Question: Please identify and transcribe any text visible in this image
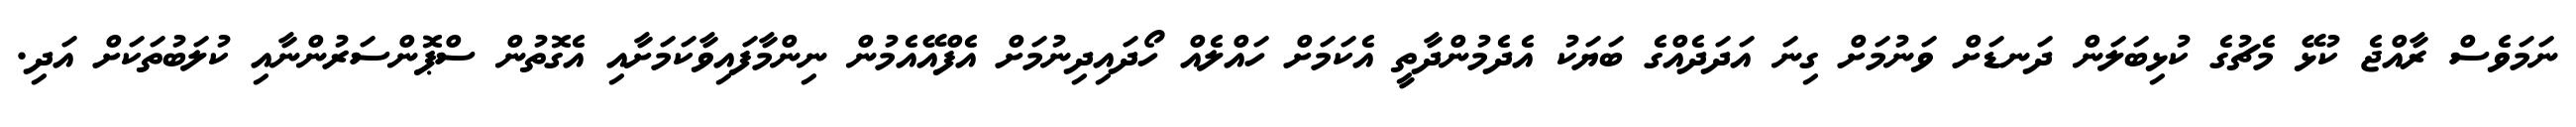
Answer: ނަމަވެސް ރާއްޖެ ކުޅޭ މެޗުގެ ކުޅިބަލަން ދަނޑަށް ވަނުމަށް ގިނަ އަދަދެއްގެ ބަޔަކު އެދެމުންދާތީ އެކަމަށް ހައްލެއް ހޯދައިދިނުމަށް އެފްއޭއެމުން ނިންމާފައިވާކަމަށާއި އެގޮތުން ސްޕޮންސަރުންނާއި ކުލަބުތަކަށް އަދި.